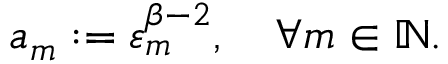
a _ { m } : = \varepsilon _ { m } ^ { \beta - 2 } , \quad \forall m \in \ensuremath { \mathbb { N } } .